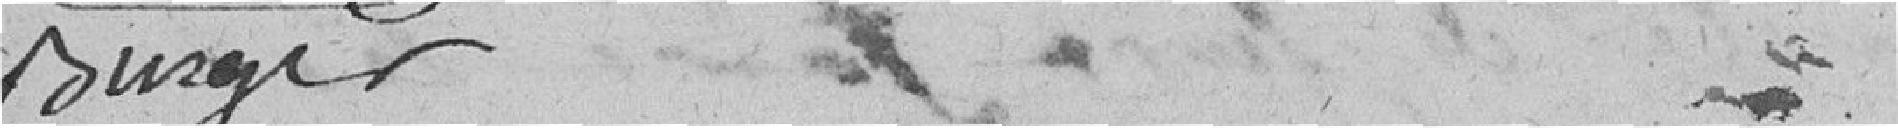
Burger